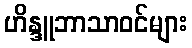
ဟိန္ဒူဘာသာဝင်များ